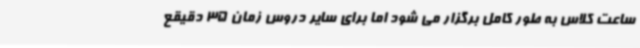
ساعت کلاس به طور کامل برگزار می شود اما برای سایر دروس زمان 35 دقیقع